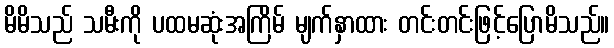
မိမိသည် သမီးကို ပထမဆုံးအကြိမ် မျက်နှာထား တင်းတင်းဖြင့်ပြောမိသည်။